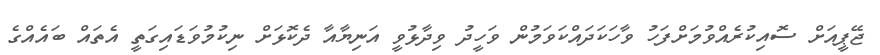
ޖޭޕީއަށް ސޮއިކުރެއްވުމަށްފަހު ވާހަކަދައްކަވަމުން ވަހީދު ވިދާޅުވީ އަނިޔާއާ ދެކޮޅަށް ނިކުމުވަޑައިގަތީ އެތައް ބައެއްގެ